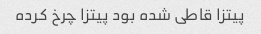
پیتزا قاطی شده بود پیتزا چرخ کرده